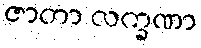
ဇာတာ လက္ခဏာ